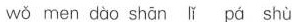
wǒ men dào shān lǐ pá shù